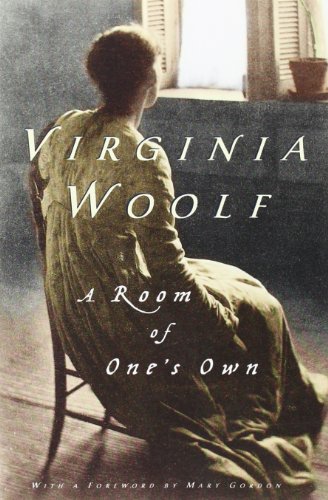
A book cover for A Room of One's Own; Virginia Woolf; Literature & Fiction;